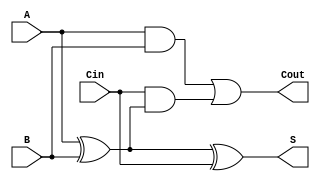
module full_adder (
    input wire A,     // First input bit
    input wire B,     // Second input bit
    input wire Cin,   // Carry-in bit
    output wire S,    // Sum output
    output wire Cout   // Carry-out output
);

// Internal signals
wire AxorB;        // Intermediate signal for A XOR B
wire AB;           // Intermediate signal for A AND B
wire CinAndAxorB; // Intermediate signal for Cin AND (A XOR B)

// Calculate the sum output (S)
assign AxorB = A ^ B;          // A XOR B
assign S = AxorB ^ Cin;        // S = (A XOR B) XOR Cin

// Calculate the carry-out output (Cout)
assign AB = A & B;             // A AND B
assign CinAndAxorB = Cin & AxorB; // Cin AND (A XOR B)
assign Cout = AB | CinAndAxorB; // Cout = (A AND B) OR (Cin AND (A XOR B))

endmodule